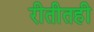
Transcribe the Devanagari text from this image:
रीतीतही